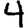
Digit: 4